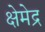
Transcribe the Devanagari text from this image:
क्षेमेद्र